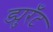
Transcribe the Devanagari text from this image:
ड्युरँट